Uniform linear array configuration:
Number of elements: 64
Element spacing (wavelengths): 0.5
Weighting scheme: blackman
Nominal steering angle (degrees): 45
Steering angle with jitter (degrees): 43.501
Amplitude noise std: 0.05
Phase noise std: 0.05

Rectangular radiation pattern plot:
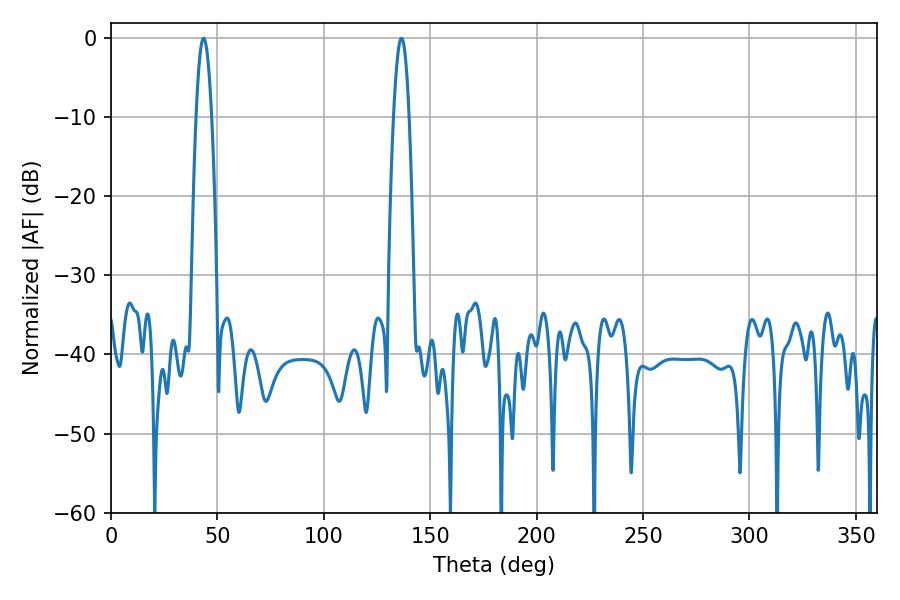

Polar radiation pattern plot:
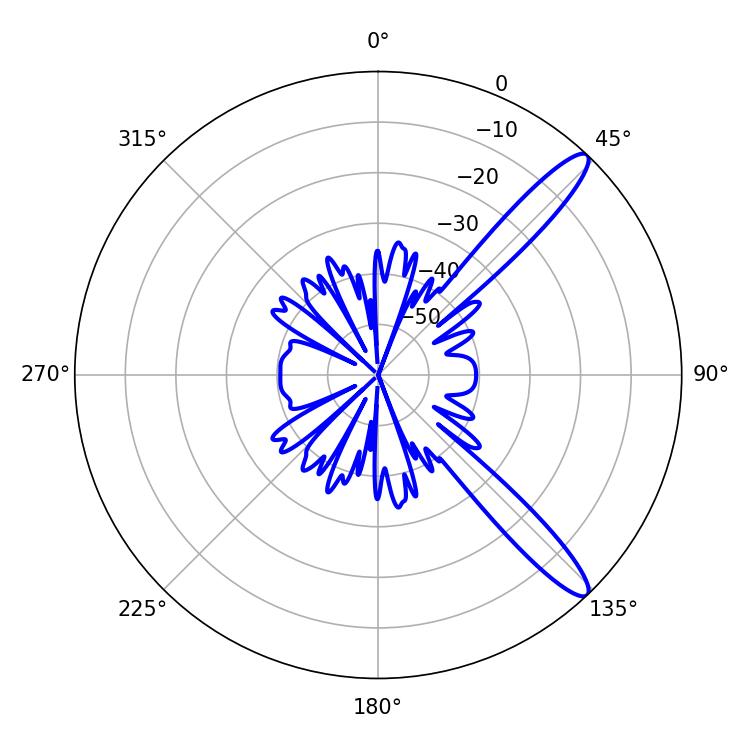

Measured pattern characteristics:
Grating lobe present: FALSE
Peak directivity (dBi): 12.809
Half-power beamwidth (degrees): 3.96
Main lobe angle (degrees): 43.56